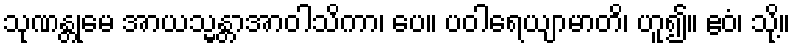
သုဏန္တုမေ အာယသ္မန္တာအာဝါသိကာ၊ ပေ။ ပဝါရေယျာမာတိ၊ ဟူ၍။ ဧဝံ၊ သို့။